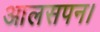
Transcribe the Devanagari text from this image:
आलसपन।